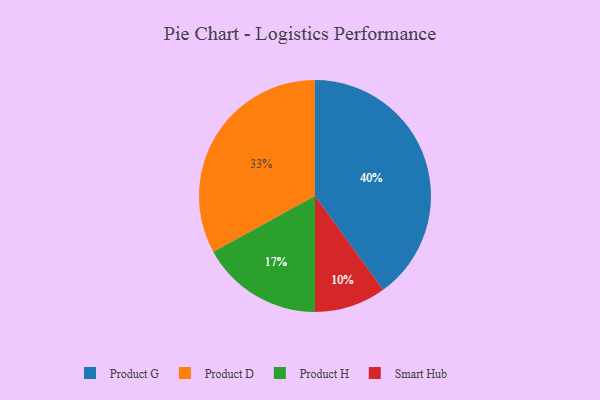
{"axis": {"x": "Category", "y": "Percentage"}, "legend": ["Product D", "Product G", "Product H", "Smart Hub"], "data": [{"x": "Product G", "y": 40, "type": "Product G"}, {"x": "Product H", "y": 17, "type": "Product H"}, {"x": "Smart Hub", "y": 10, "type": "Smart Hub"}, {"x": "Product D", "y": 33, "type": "Product D"}]}